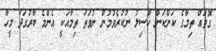
ގޮތައް ތިމާގެ ކަންކަން ހާސިލު ނުކުރެވުމުން ނުވަތަ ތިމާއަކީ އެންމެ ބާރުގަދަ މީހާ